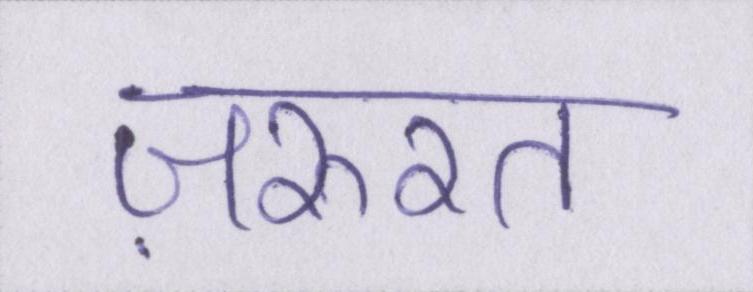
ज़रुरत